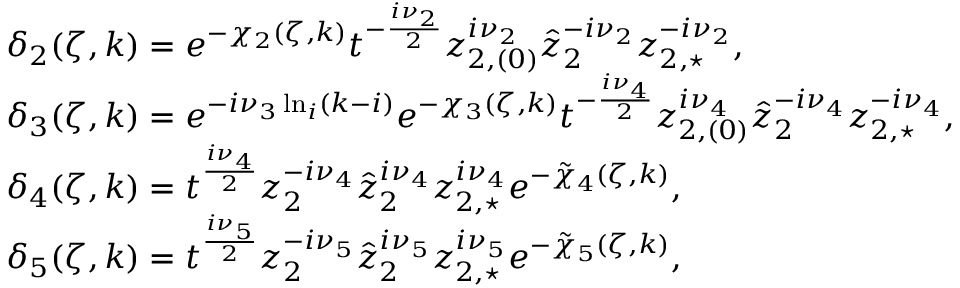
\begin{array} { r l } & { \delta _ { 2 } ( \zeta , k ) = e ^ { - \chi _ { 2 } ( \zeta , k ) } t ^ { - \frac { i \nu _ { 2 } } { 2 } } z _ { 2 , ( 0 ) } ^ { i \nu _ { 2 } } \hat { z } _ { 2 } ^ { - i \nu _ { 2 } } z _ { 2 , \star } ^ { - i \nu _ { 2 } } , } \\ & { \delta _ { 3 } ( \zeta , k ) = e ^ { - i \nu _ { 3 } \ln _ { i } ( k - i ) } e ^ { - \chi _ { 3 } ( \zeta , k ) } t ^ { - \frac { i \nu _ { 4 } } { 2 } } z _ { 2 , ( 0 ) } ^ { i \nu _ { 4 } } \hat { z } _ { 2 } ^ { - i \nu _ { 4 } } z _ { 2 , \star } ^ { - i \nu _ { 4 } } , } \\ & { \delta _ { 4 } ( \zeta , k ) = t ^ { \frac { i \nu _ { 4 } } { 2 } } z _ { 2 } ^ { - i \nu _ { 4 } } \hat { z } _ { 2 } ^ { i \nu _ { 4 } } z _ { 2 , \star } ^ { i \nu _ { 4 } } e ^ { - \tilde { \chi } _ { 4 } ( \zeta , k ) } , } \\ & { \delta _ { 5 } ( \zeta , k ) = t ^ { \frac { i \nu _ { 5 } } { 2 } } z _ { 2 } ^ { - i \nu _ { 5 } } \hat { z } _ { 2 } ^ { i \nu _ { 5 } } z _ { 2 , \star } ^ { i \nu _ { 5 } } e ^ { - \tilde { \chi } _ { 5 } ( \zeta , k ) } , } \end{array}